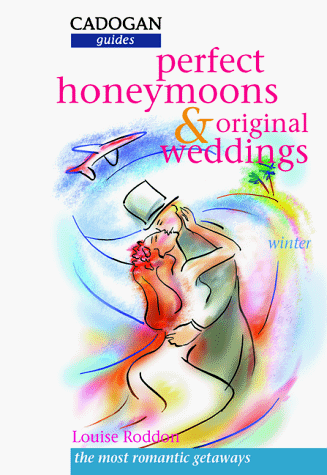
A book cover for Perfect Honeymoons and Original Weddings: Winter (Cadogan Country Guides); Louise Roddon; Crafts, Hobbies & Home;